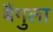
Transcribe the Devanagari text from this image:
बैंगुला